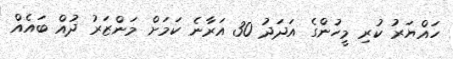
ހައްޔަރު ކުރި މީހުންގެ އަދަދު 30 އަރާނެ ކަމަށް މަންޒަރު ދުއް ބައެއް